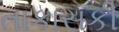
તાકાસકી